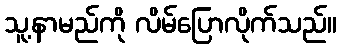
သူ့နာမည်ကို လိမ်ပြောလိုက်သည်။